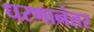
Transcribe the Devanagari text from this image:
धरणानंतर